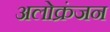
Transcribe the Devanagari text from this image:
अलोक्रंजन